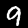
Digit: 9